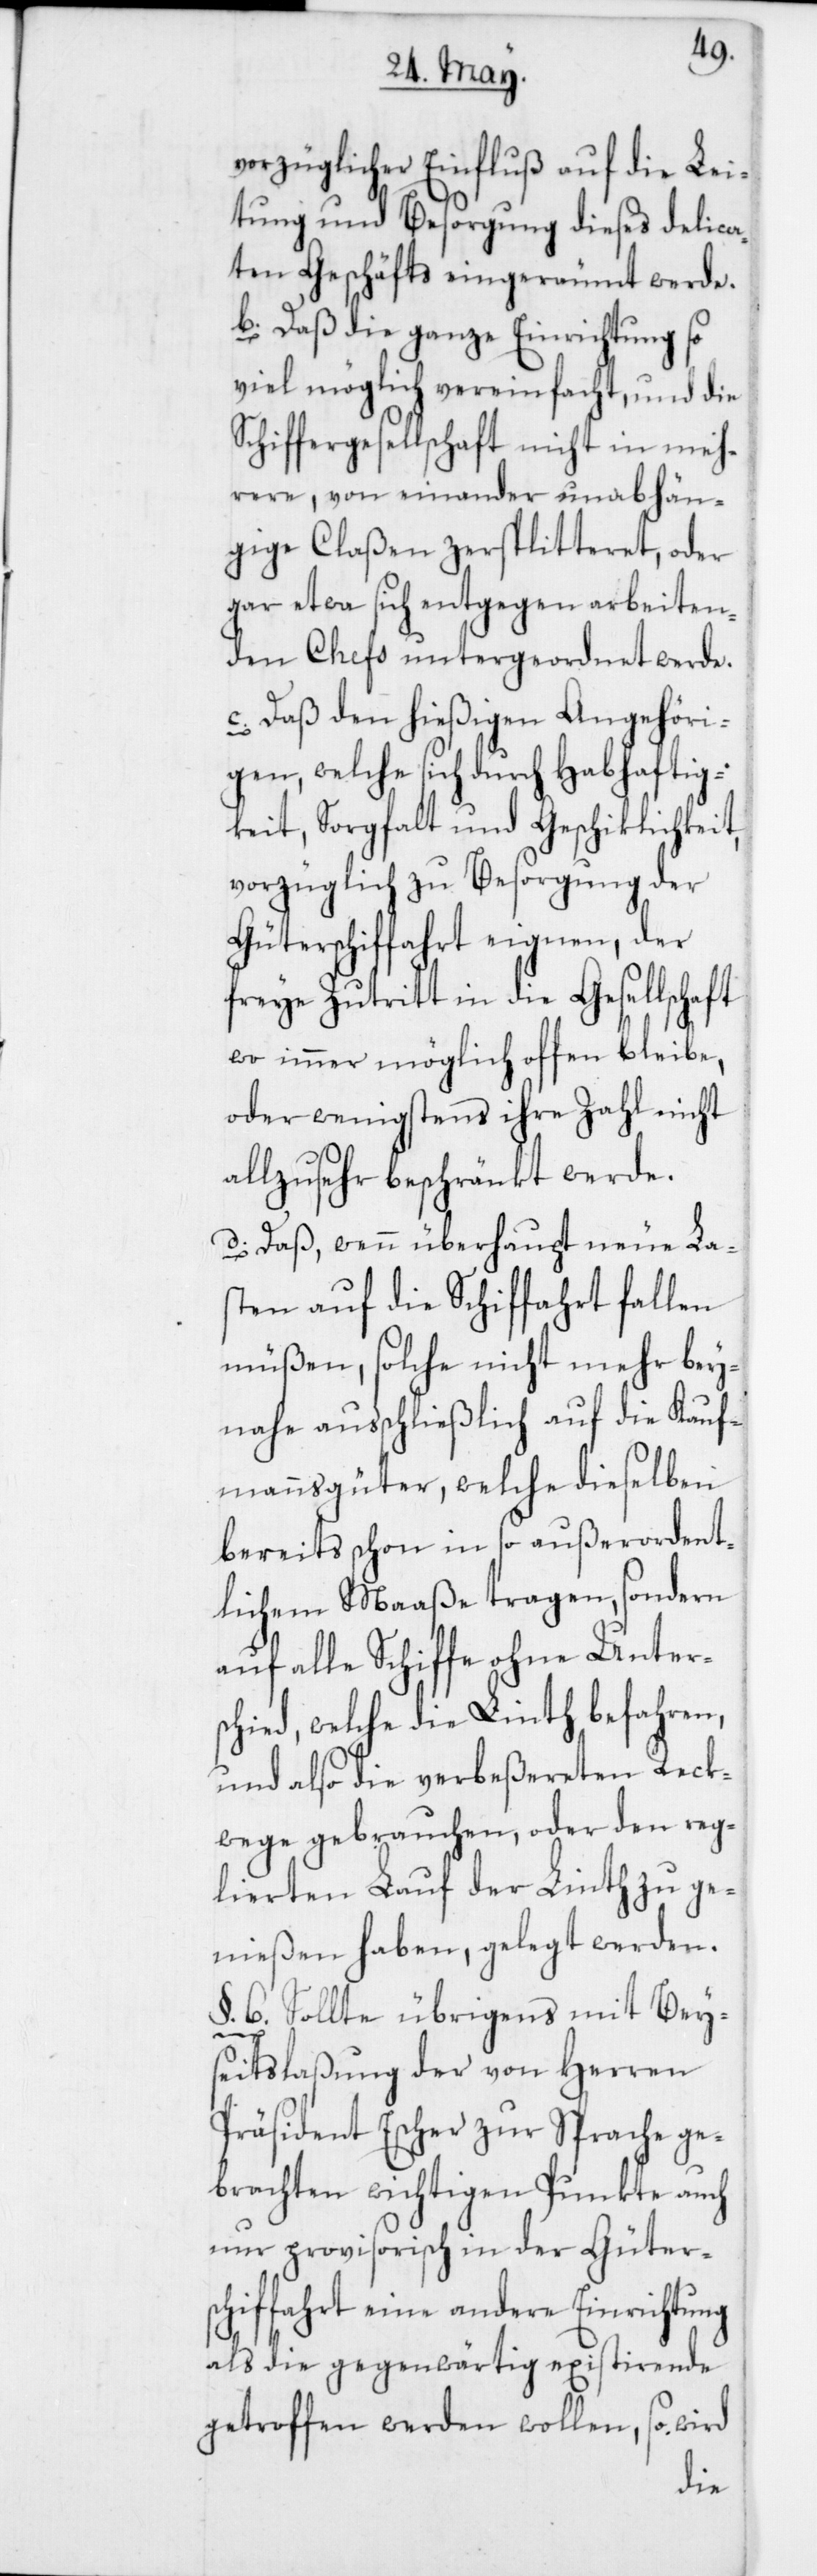
vorzüglicher Einfluß auf die Lei¬
tung und Besorgung dieses delica¬
ten Geschäfts eingeräumt werde.
b) Daß die ganze Einrichtung so
viel möglich vereinfacht, und die
Schiffergesellschaft nicht in meh¬
rere, von einander unabhän¬
gige Claßen zersplitteret oder
gar etwa sich entgegen arbeiten¬
den Chefs untergeordnet werde.
c) Daß den hießigen Angehöri¬
gen, welche sich durch Habhaftig¬
keit, Sorgfalt und Geschiklichkeit,
vorzüglich zu Besorgung der
Güterschiffahrt eignen, der
freye Zutritt in die Gesellschaft
wo immer möglich offen bleibe,
oder wenigstens ihre Zahl nicht
allzusehr beschränkt werde.
d) Daß wenn überhaupt neue La¬
sten auf die Schiffahrt fallen
müßen, solche nicht mehr bey¬
nahe ausschließlich auf die Kauf¬
mannsgüter, welche dieselben
bereits schon in so außerordent¬
lichem Maaße tragen, sondern
auf alle Schiffe ohne Unters¬
chied, welche die Linth befahren,
und also die verbeßereten Reck¬
wege gebrauchen, oder den reg¬
lierten Lauf der Linth zu ge¬
nießen haben, gelegt werden.
§. 6. Sollte übrigens mit Bey¬
seitslaßung der von Herren
Präsident Escher zur Sprache ge¬
brachten wichtigen Punkte auch
nur provisorisch in der Güter¬
schiffahrt eine andere Einrichtung
als die gegenwärtig existirende
getroffen werden wollen, so wird